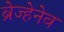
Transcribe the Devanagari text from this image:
ब्रेज्हेनेव